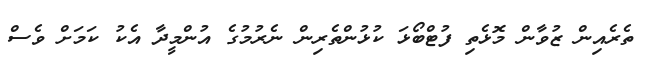
ތެރެއިން ޒުވާން މޮޅެތި ފުޓްބޯޅަ ކުޅުންތެރިން ނެރުމުގެ އުންމީދާ އެކު ކަމަށް ވެސް